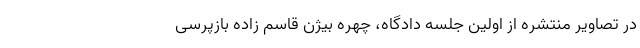
در تصاویر منتشره از اولین جلسه دادگاه، چهره بیژن قاسم زاده بازپرسی